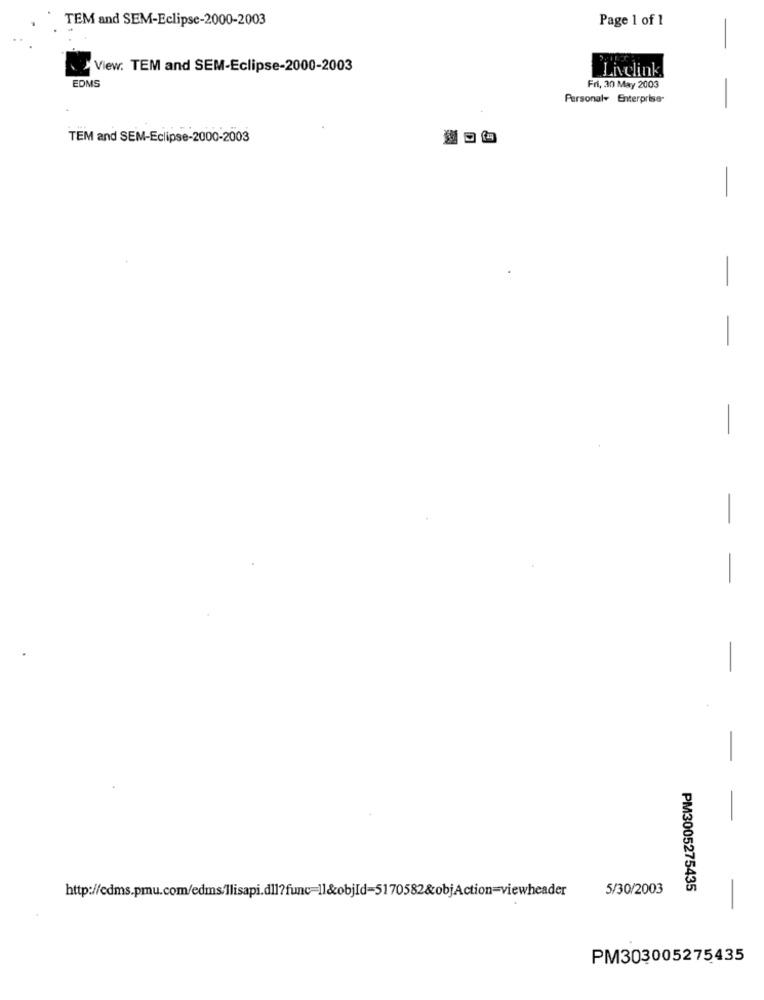
TEM and SEM-Eclipse-2000-2003
Page 1 of 1
View. TEM and SEM-Eclipse-2000-2003
Livelink
EDMS
Fri, 30 May 2003
Personal+ Enterprise-
-
TEM and SEM-Eclipse-2000-2003
-
-
-
-
-
http://cdms.pmu.com/edms/llisapi.dll?func-Il&objId=5170582&objAction=viewheader
5/30/2003
PM3005275435
PM303005275435